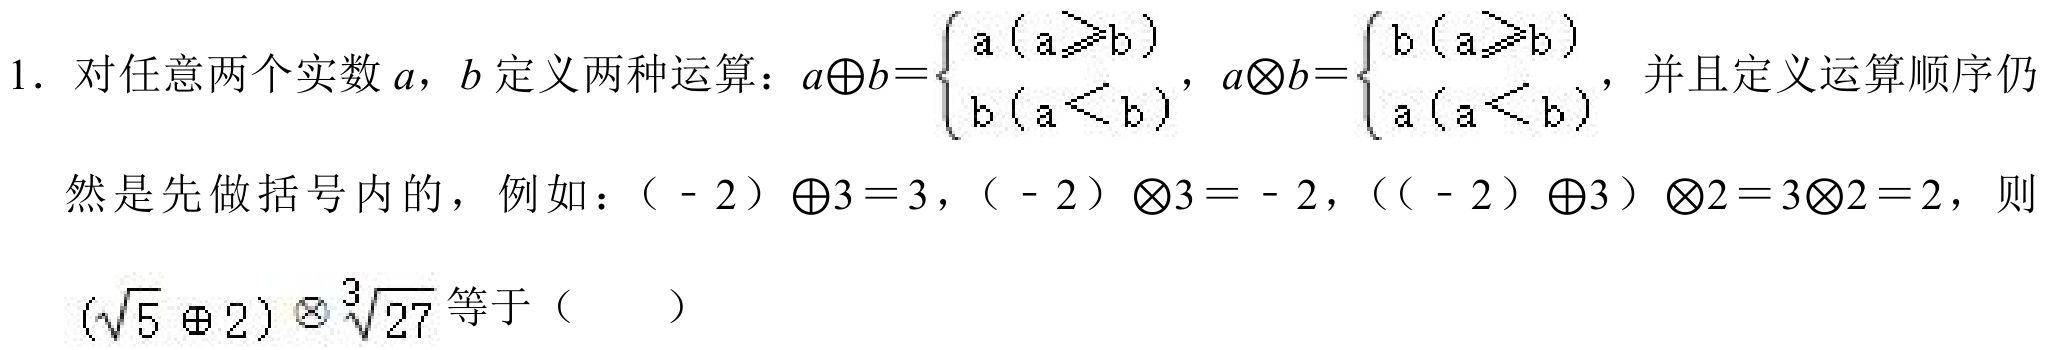
1. 对任意两个实数$a$，$b$定义两种运算：$a\oplus b = \begin{cases}a\ (a\geqslant b)\\b\ (a < b)\end{cases}$，$a\otimes b = \begin{cases}b\ (a\geqslant b)\\a\ (a < b)\end{cases}$，并且定义运算顺序仍然是先做括号内的，例如：（-$2$）$\oplus3 = 3$，（-$2$）$\otimes3 = - 2$，（（-$2$）$\oplus3$）$\otimes2 = 3\otimes2 = 2$，则$(\sqrt{5}\oplus2)\otimes\sqrt[3]{27}$等于（  ）